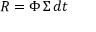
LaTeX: R = \Phi \, \Sigma \, d t